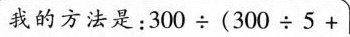
我的方法是：$$3 0 0 \div ( 3 0 0 \div 5 +